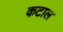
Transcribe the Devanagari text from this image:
कटाल